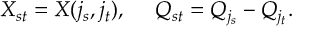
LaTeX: X _ { s t } = X ( j _ { s } , j _ { t } ) , \ \ \ \ Q _ { s t } = Q _ { j _ { s } } - Q _ { j _ { t } } .